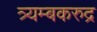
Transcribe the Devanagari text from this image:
त्र्यम्बकरुद्र